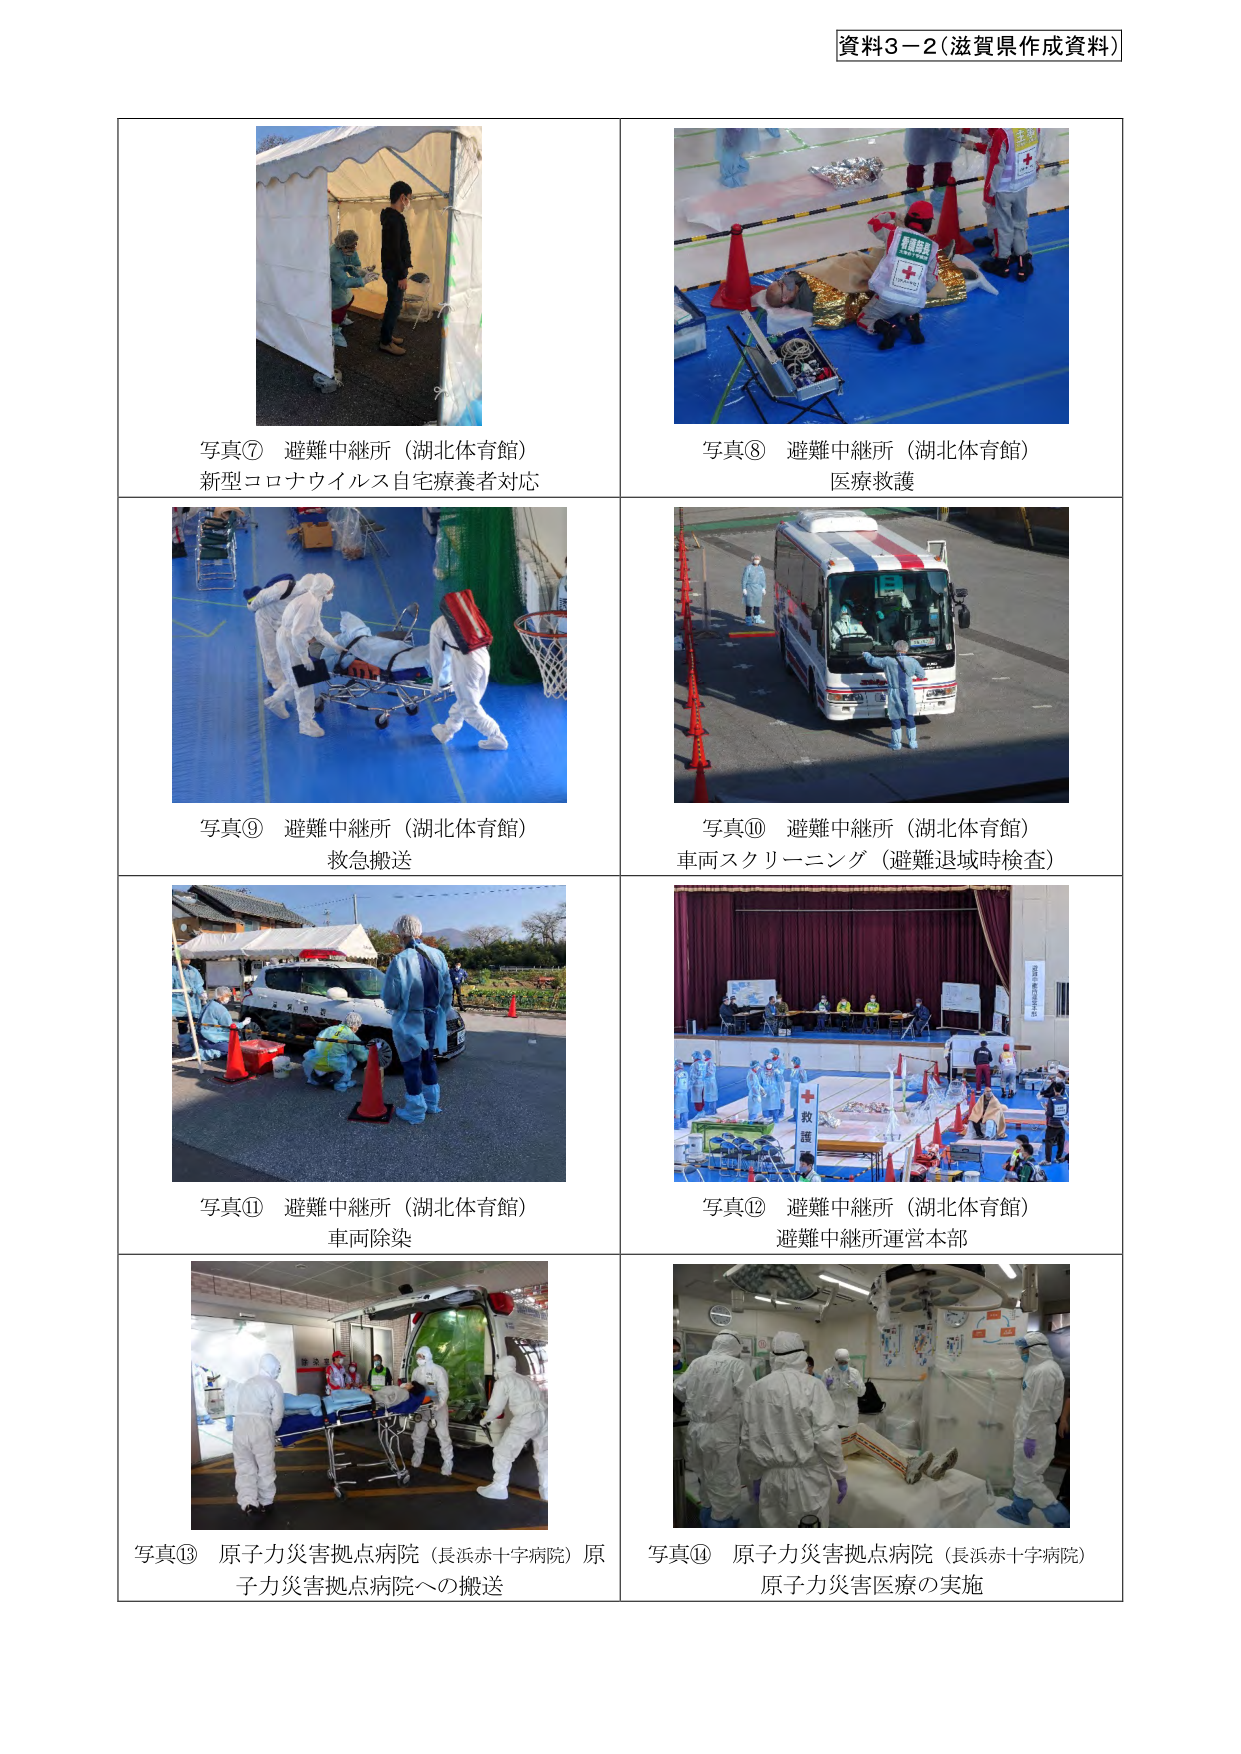
資料3－2（滋賀県作成資料）

写真⑦ 避難中継所（湖北体育館）
新型コロナウイルス自宅療養者対応

写真⑧ 避難中継所（湖北体育館）
医療救護

写真⑨ 避難中継所（湖北体育館）
救急搬送

写真⑩ 避難中継所（湖北体育館）
車両スクリーニング（避難退域時検査）

写真⑪ 避難中継所（湖北体育館）
車両除染

写真⑫ 避難中継所（湖北体育館）
避難中継所運営本部

写真⑬ 原子力災害拠点病院（長浜赤十字病院）原子力災害拠点病院への搬送

写真⑭ 原子力災害拠点病院（長浜赤十字病院）
原子力災害医療の実施